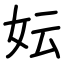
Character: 妘